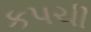
કપચી